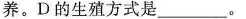
养。D的生殖方式是___。